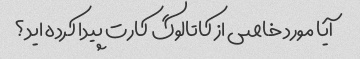
آیا مورد خاصی از کاتالوگ کارت پیدا کرده اید؟